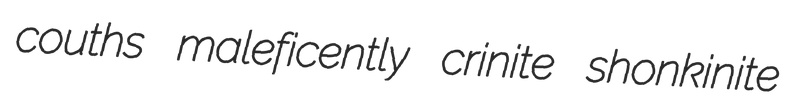
couths maleficently crinite shonkinite